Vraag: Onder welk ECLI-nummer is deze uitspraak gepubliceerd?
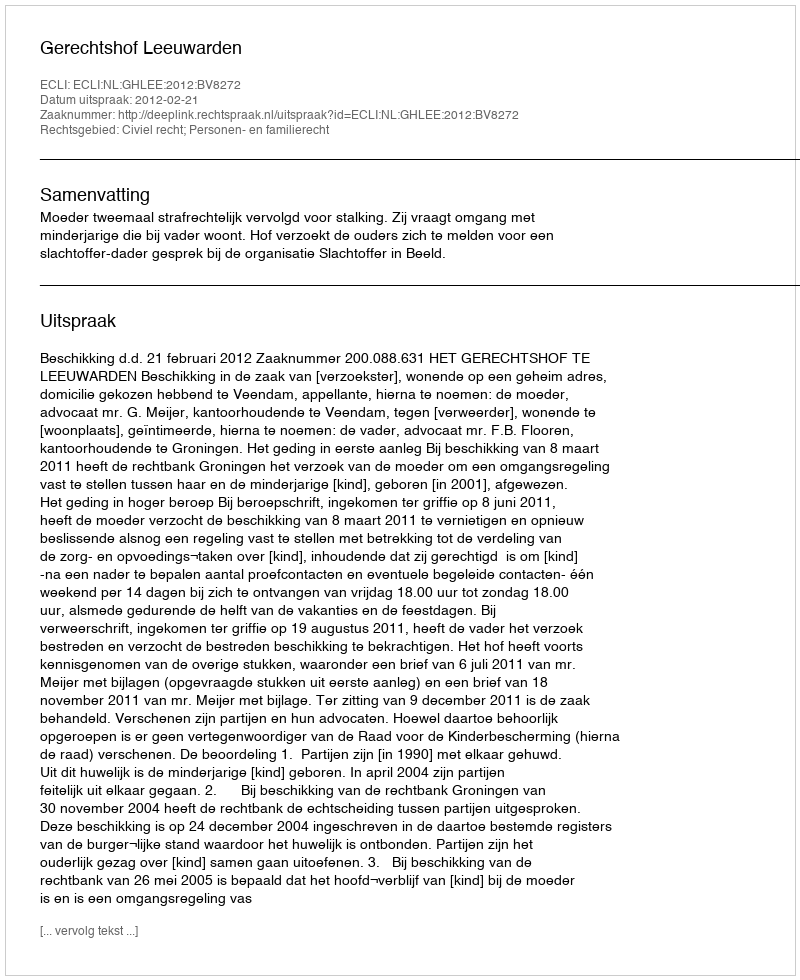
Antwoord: ECLI:NL:GHLEE:2012:BV8272